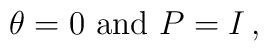
\theta = 0 \hbox{  and  } P = I\,, \quad